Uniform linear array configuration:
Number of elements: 8
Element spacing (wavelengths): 0.5
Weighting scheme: blackman
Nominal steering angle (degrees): -60
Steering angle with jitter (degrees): -60.467
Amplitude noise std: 0.05
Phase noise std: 0.05

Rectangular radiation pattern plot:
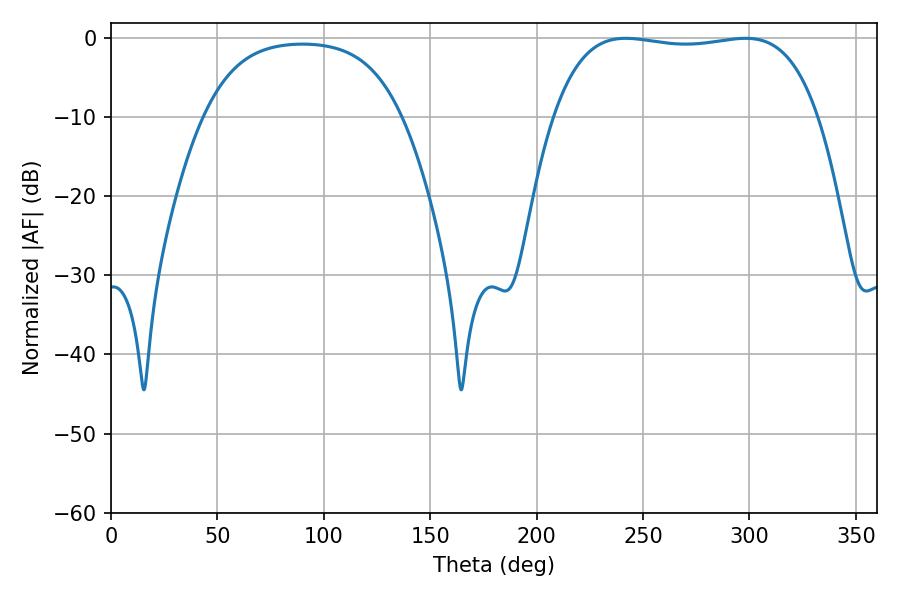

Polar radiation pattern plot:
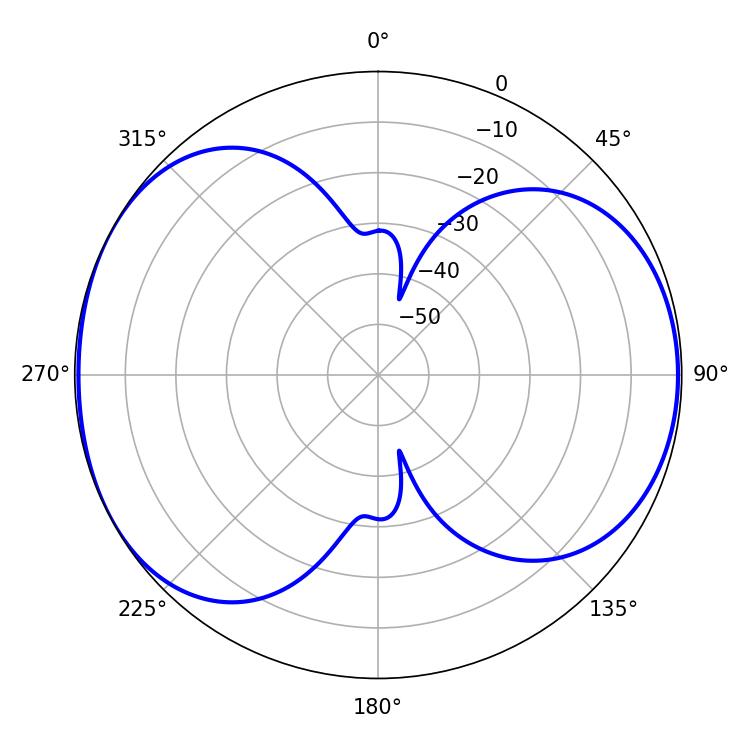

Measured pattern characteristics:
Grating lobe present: FALSE
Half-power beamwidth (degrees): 99
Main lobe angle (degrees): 241.92